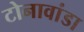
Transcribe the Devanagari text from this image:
टोनावांडा